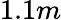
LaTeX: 1.1m